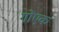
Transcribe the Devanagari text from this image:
गोएक